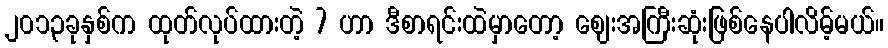
၂၀၁၃ခုနှစ်က ထုတ်လုပ်ထားတဲ့ 7 ဟာ ဒီစာရင်းထဲမှာတော့ ဈေးအကြီးဆုံးဖြစ်နေပါလိမ့်မယ်။